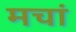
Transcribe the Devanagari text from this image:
मचां